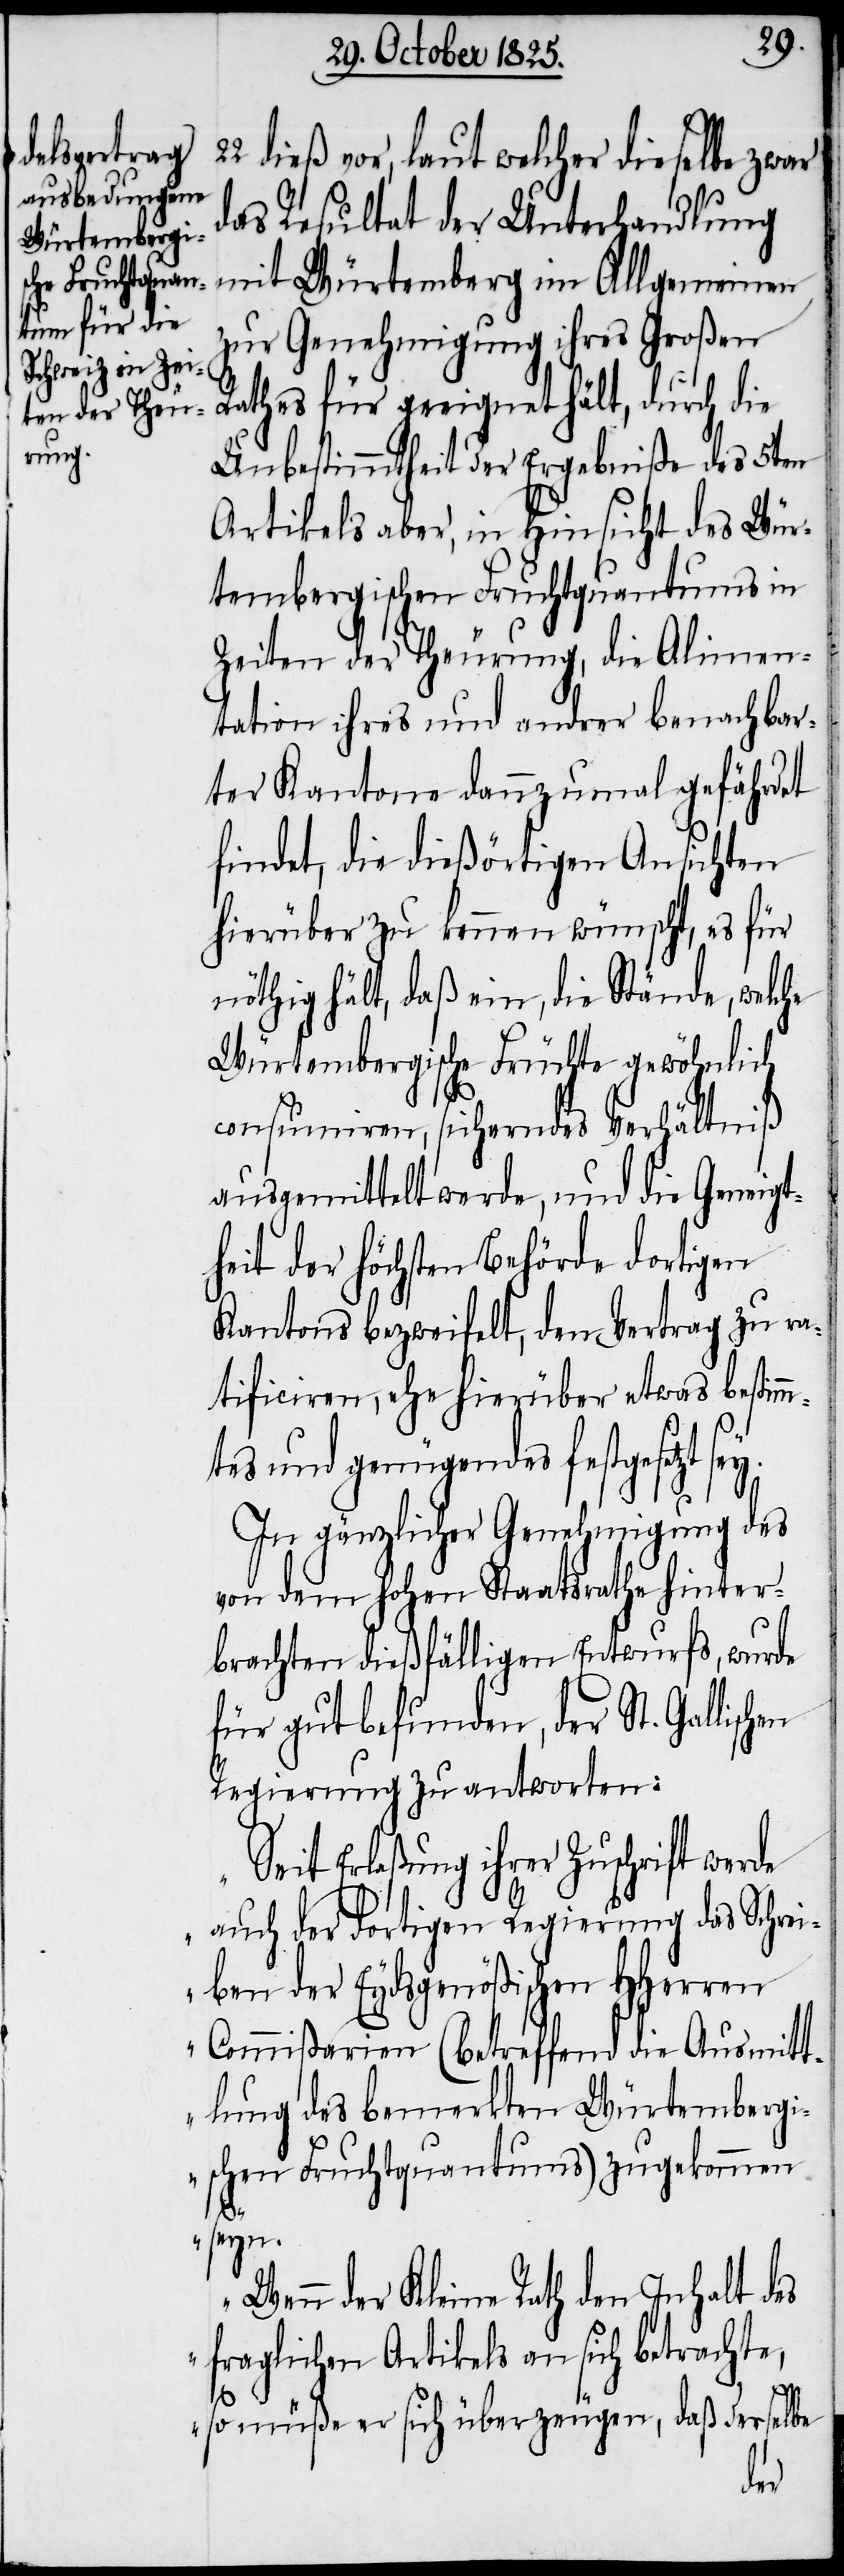
dieß vor, laut welcher dieselbe zwar
das Resultat der Unterhandlung
mit Würtemberg im Allgemeinen
zur Genehmigung ihres Großen
Rathes für geeignet hält, durch die
Unbestimmtheit der Ergebniße des 5ten
Artikels aber, in Hinsicht des Wür¬
tembergischen Fruchtquantums in
Zeiten der Theurung, die Alimen¬
tation ihres und andrer benachbar¬
ter Kantone dannzumal gefährdet
findet, die dießörtigen Ansichten
hierüber zu kennen wünscht, es für
nöthig hält, daß ein, die Stände, welche
Würtembergische Früchte gewöhnlich
consumiren, sicherndes Verhältniß
ausgemittelt werde, und die Geneigt¬
heit der höchsten Behörde dortigen
Kantons bezweifelt, den Vertrag zu ra¬
tificiren, ehe hierüber etwas bestimm¬
tes und genügendes festgesetzt s¬
In gänzlicher Genehmigung des
von dem hohen Staatsrathe hinter¬
brachten dießfälligen Entwurfs, wurde
für gut befunden, der St. Gallisch¬
Regierung zu antworten:
„Seit Erlaßung ihrer Zuschrift werde
auch der dortigen Regierung das Schrei¬
ben der Eydsgenößischen HHerren
Commißarien (betreffend die Ausmitt¬
lung des bemerkten Würtembergi¬
schen Fruchtquantums) zugekommen
en
seyn.
Wenn der Kleine Rath den Inhalt des
fraglichen Artikels an sich betrachte,
22.
so müße er sich überzeugen, daß derselbe